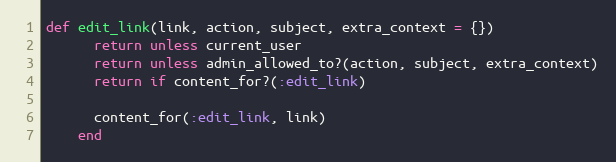
Language: Ruby
def edit_link(link, action, subject, extra_context = {})
      return unless current_user
      return unless admin_allowed_to?(action, subject, extra_context)
      return if content_for?(:edit_link)

      content_for(:edit_link, link)
    end